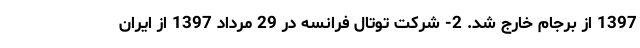
1397 از برجام خارج شد. 2- شرکت توتال فرانسه در 29 مرداد 1397 از ایران